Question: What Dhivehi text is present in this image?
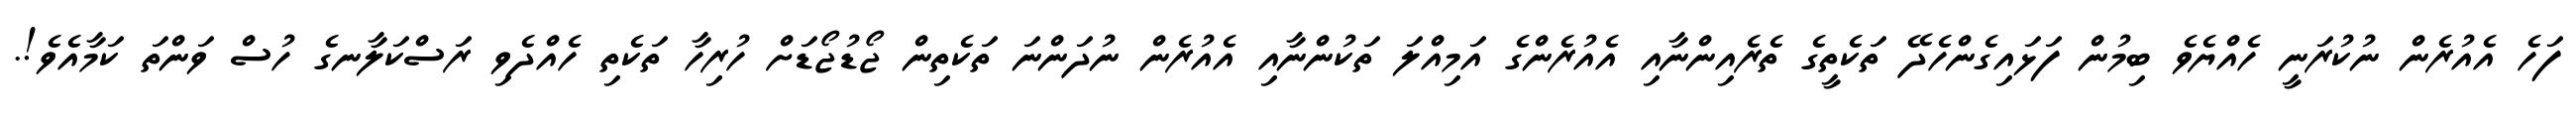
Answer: ފަހެ އެއުރެން ނުކުރަނީ ހެއްޔެވެ ބިމުން ފަޅައިގެންހެދޭ ތަކެތީގެ ތެރެއިންނާއި އެއުރެންގެ އަމިއްލަ ތަކުންނާއި އެއުރެން ނުދަންނަ ތަކެތިން ޖޯޑުޖޯޑަށް ހުރިހާ ތަކެތި ހެއްދެވި ރަސްކަލާނގެ ހުސް ވަންތަ ކަމާއެވެ!.